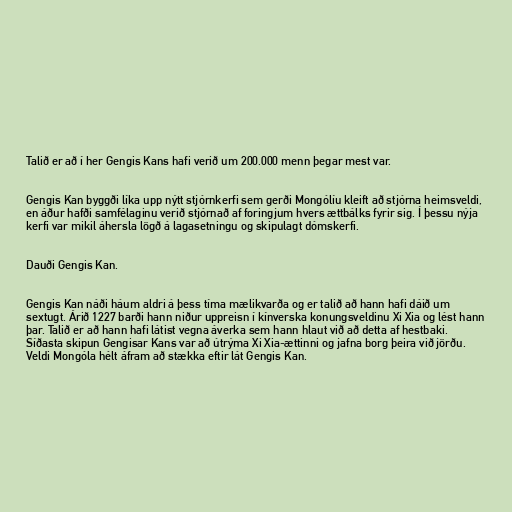
Talið er að í her Gengis Kans hafi verið um 200.000 menn þegar mest var.

Gengis Kan byggði líka upp nýtt stjórnkerfi sem gerði Mongólíu kleift að stjórna heimsveldi,
en áður hafði samfélaginu verið stjórnað af foringjum hvers ættbálks fyrir sig. Í þessu nýja
kerfi var mikil áhersla lögð á lagasetningu og skipulagt dómskerfi.

Dauði Gengis Kan.

Gengis Kan náði háum aldri á þess tíma mælikvarða og er talið að hann hafi dáið um
sextugt. Árið 1227 barði hann niður uppreisn í kínverska konungsveldinu Xi Xia og lést hann
þar. Talið er að hann hafi látist vegna áverka sem hann hlaut við að detta af hestbaki.
Síðasta skipun Gengisar Kans var að útrýma Xi Xia-ættinni og jafna borg þeira við jörðu.
Veldi Mongóla hélt áfram að stækka eftir lát Gengis Kan.